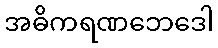
အဓိကရဏဘေဒေါ